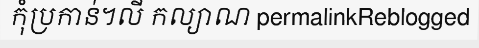
កុំប្រកាន់។លី កល្យាណ permalinkReblogged